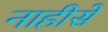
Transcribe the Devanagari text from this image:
नाहीसें